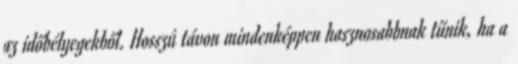
az időbélyegekből. Hosszú távon mindenképpen hasznosabbnak tűnik, ha a